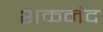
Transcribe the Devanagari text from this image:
शकनंद